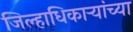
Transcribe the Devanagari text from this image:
जिल्हाधिकाऱ्यांच्या